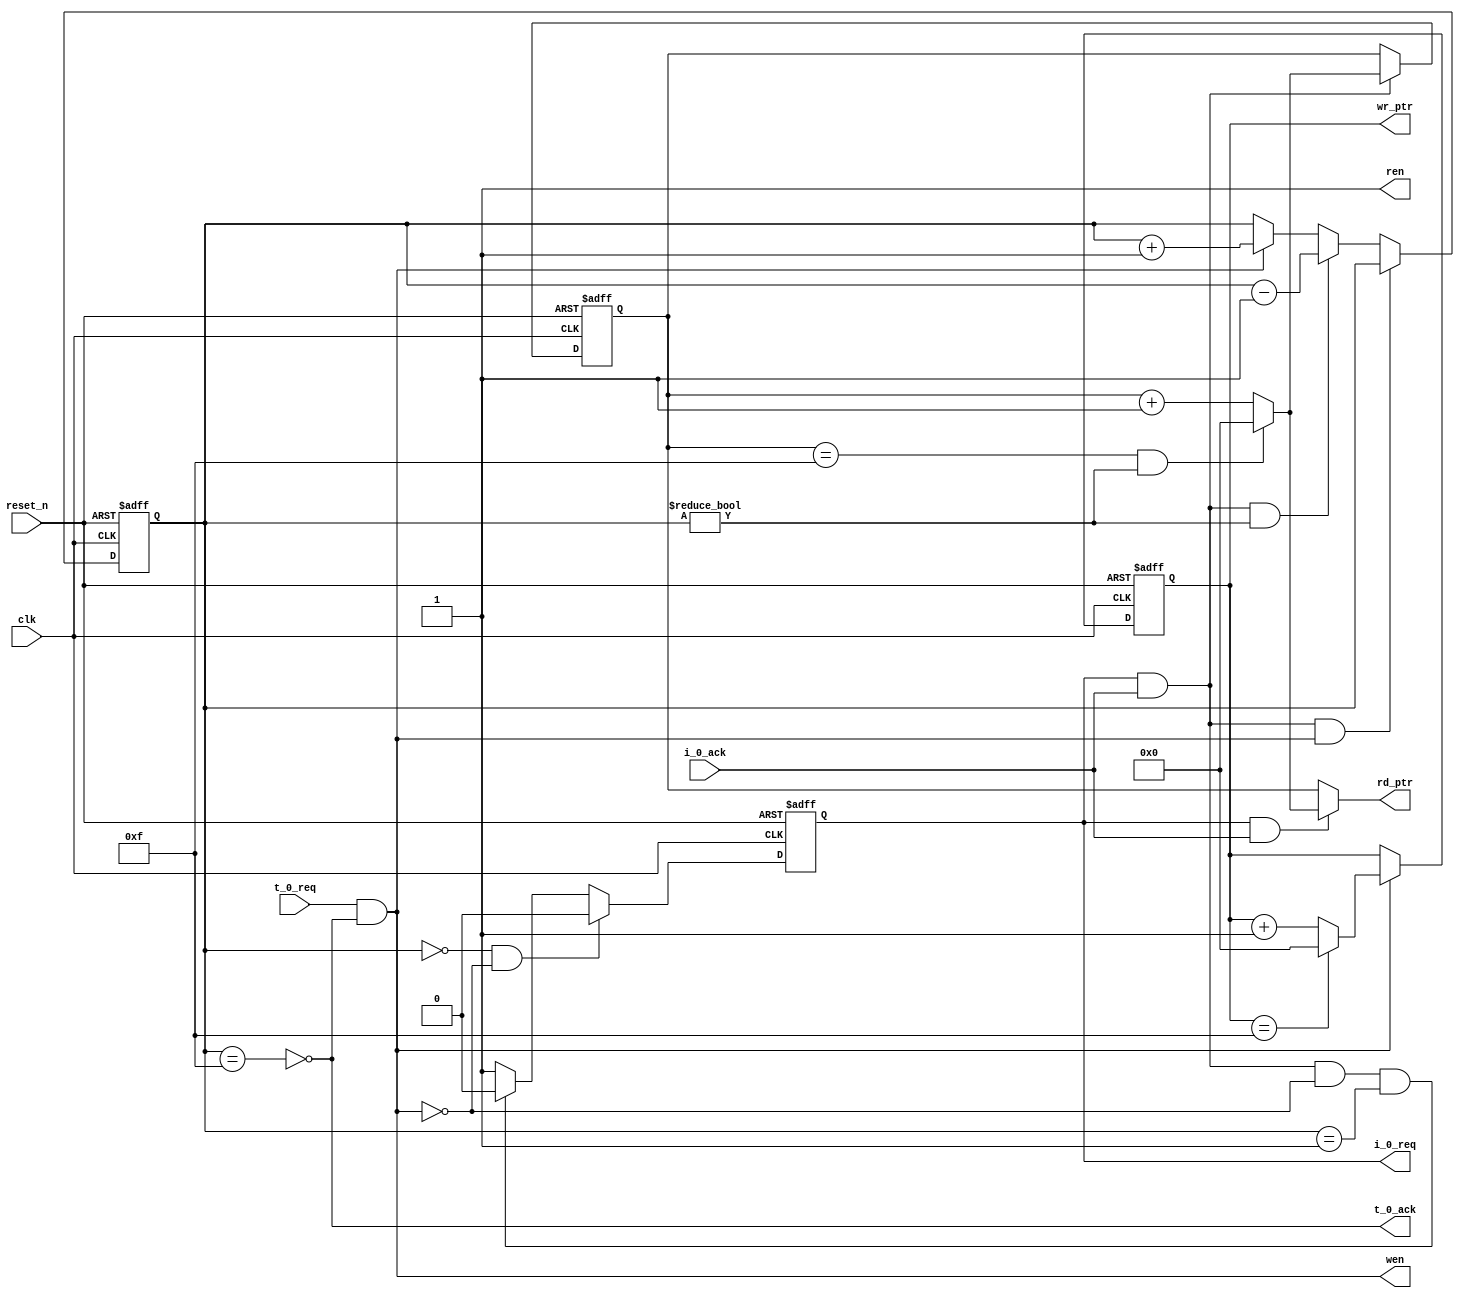
module eb_fifo_ctrl #(
    parameter DEPTHMO = 4'd15,
    parameter DEPTHLOG2MO = 3
) (
    input               t_0_req,
    output              t_0_ack,
    output reg          i_0_req,
    input               i_0_ack,
    output reg  [DEPTHLOG2MO : 0] wr_ptr,
    output wire [DEPTHLOG2MO : 0] rd_ptr,
    output  wen, ren,
    input   clk, reset_n
);
reg [DEPTHLOG2MO : 0] status_cnt;
reg [DEPTHLOG2MO : 0] q_rd_ptr;
assign t_0_ack = !(status_cnt == DEPTHMO);
assign ren = 1;
assign wen = t_0_req && t_0_ack;
always @(posedge clk or negedge reset_n)
    if (~reset_n) i_0_req <= 1'b0;
    else if (status_cnt == 0 && !(t_0_req && t_0_ack)) i_0_req <= 0;
    else if ((i_0_req && i_0_ack)  && !(t_0_req && t_0_ack) && (status_cnt == 1)) i_0_req <= 0;
    else i_0_req <= 1;
always @(posedge clk or negedge reset_n)
    if (~reset_n) wr_ptr <= 0;
    else if (t_0_req && t_0_ack) wr_ptr <= (wr_ptr == DEPTHMO) ? 0 : (wr_ptr + 1);
   assign rd_ptr=(i_0_req & i_0_ack)?(((q_rd_ptr == DEPTHMO) && (status_cnt != 0)) ? 0 : q_rd_ptr + 1):q_rd_ptr;
always @(posedge clk or negedge reset_n)
    if (~reset_n) begin
       q_rd_ptr <= 0;
    end else begin
       if (i_0_req && i_0_ack) q_rd_ptr <= (((q_rd_ptr == DEPTHMO) && (status_cnt != 0)) ? 0 : (q_rd_ptr + 1));
    end
always @(posedge clk or negedge reset_n)
    if (~reset_n) status_cnt <= 0;
    else if ((i_0_req && i_0_ack) && (t_0_req && t_0_ack)) status_cnt <= status_cnt;
    else if (i_0_req && i_0_ack && (status_cnt != 0)) status_cnt <= status_cnt - 1;
    else if (t_0_req && t_0_ack) status_cnt <= status_cnt + 1;
endmodule